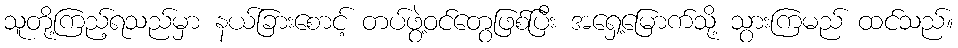
သူတို့ကြည့်ရသည်မှာ နယ်ခြားစောင့် တပ်ဖွဲ့ဝင်တွေဖြစ်ပြီး အရှေ့မြောက်သို့ သွားကြမည် ထင်သည်။